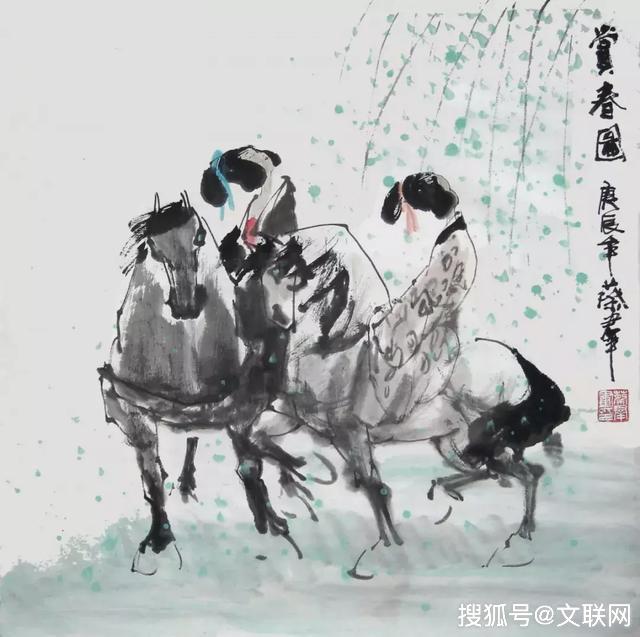
好水好山看不足，马蹄催趁月明归。